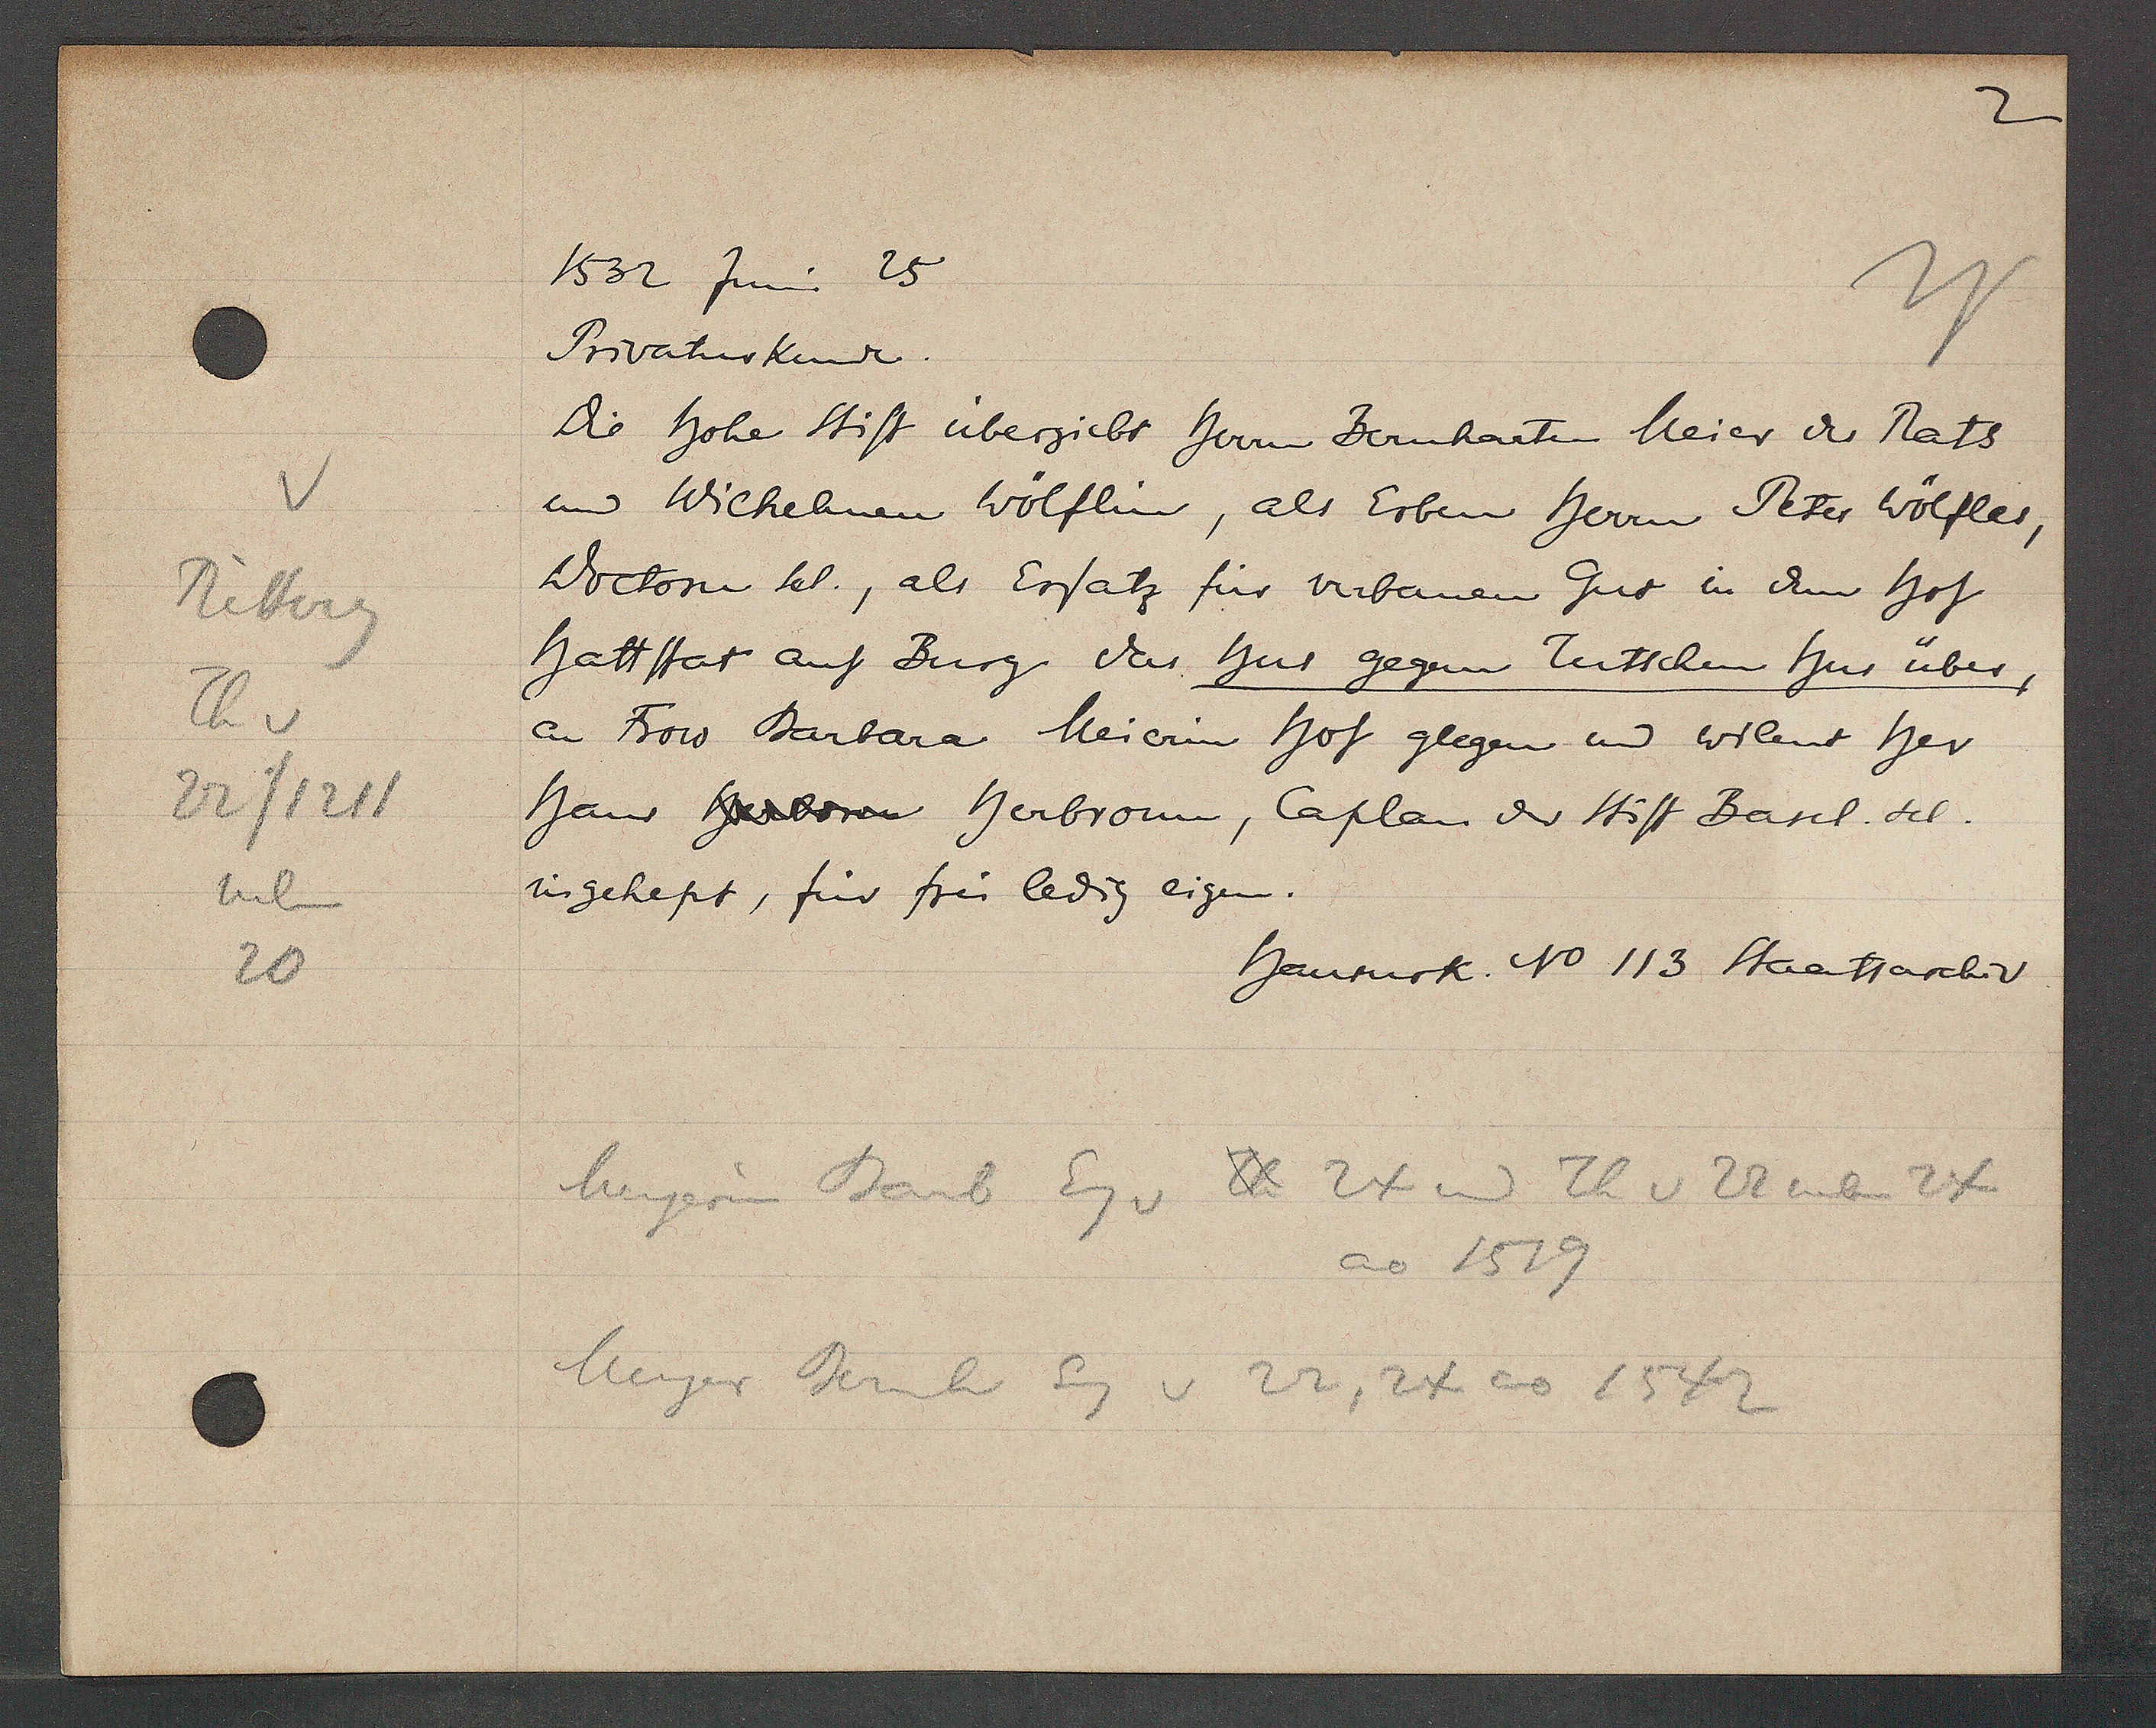
Transcript:
Ritterg
Th v
22/1211
neben
20

1532 Juni 25

Privaturkunde.
Die hohe Stift übergiebt herrn Bernharten Meier der Rats
und Wichelman Wölflin, als Erben herren Peter Wölfles,
Doctorn sel., als Ersatz für verbanen Gut in dem hof
hattstat auf Burg das hus gegem Tutschem hus über,
an Frow Barbara Meierin hof glegen und wilent her
Hans herren Herbronn, Caplan der Stift Basel. sel.
ingehept, für frei ledig eigen.

Hausurk. No 113 Staatsarchiv

Meyerin Barb Eg v Th 24 und Th v 22 neben 24
ao 1519
Meyer Bernh Eg v 22, 24 ao 1542